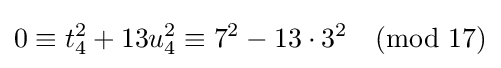
0\equiv t_{4}^{2}+13u_{4}^{2}\equiv 7^{2}-13\cdot 3^{2}{\pmod {17}}